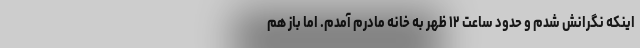
اینکه نگرانش شدم و حدود ساعت ۱۲ ظهر به خانه مادرم آمدم. اما باز هم